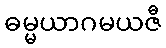
ဓမ္မယာဂမယဇီ